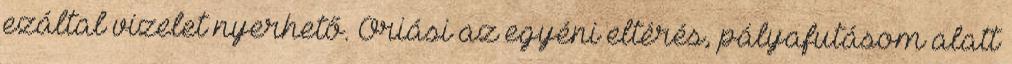
ezáltal vizelet nyerhető. Óriási az egyéni eltérés, pályafutásom alatt